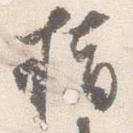
指